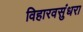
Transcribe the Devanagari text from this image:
विहारवसुंधरा